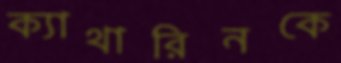
ক্যাথারিনকে